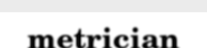
metrician